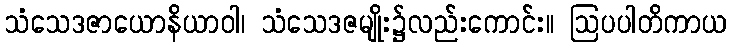
သံသေဒဇာယောနိယာဝါ၊ သံသေဒဇမျိုး၌လည်းကောင်း။ ဩပပါတိကာယ